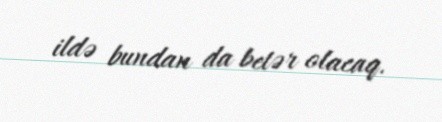
ildə bundan da betər olacaq.